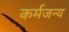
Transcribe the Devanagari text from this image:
कर्मजन्य